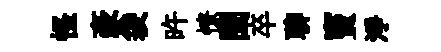
怪豪袋旿憭闔卒聊竇淨